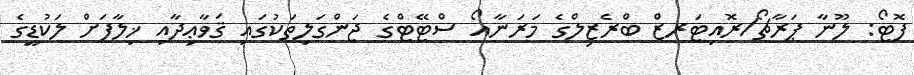
ފޮޓޯ: ލޫނާ ޕަރާޗޯ/ރޮއިޓަރޒް ބްރެޒިލްގެ މަރަނާއޯ ސްޓޭޓްގެ ޖަންގަލިތަކުގައި ޤަވާޢިދާއި ޚިލާފަށް ލަކުޑީގެ